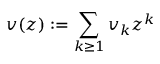
v ( z ) : = \sum _ { k \geq 1 } v _ { k } z ^ { k }